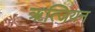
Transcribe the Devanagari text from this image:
ॠत्जियन